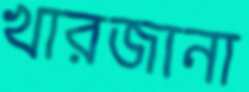
খারজানা